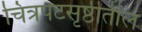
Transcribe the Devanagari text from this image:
चित्रपटसृष्ठीतील